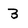
Character: 3